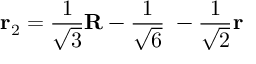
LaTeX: { \bf r } _ { 2 } = \frac { 1 } { \sqrt { 3 } } { \bf R } - \frac { 1 } { \sqrt { 6 } } { \bf \rho } - \frac { 1 } { \sqrt { 2 } } { \bf r }